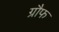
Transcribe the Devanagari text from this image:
ग्रौफ